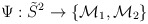
\begin{align*}\Psi: \tilde{S}^2 \to \{{\cal M}_1, {\cal M}_2\}\,\end{align*}